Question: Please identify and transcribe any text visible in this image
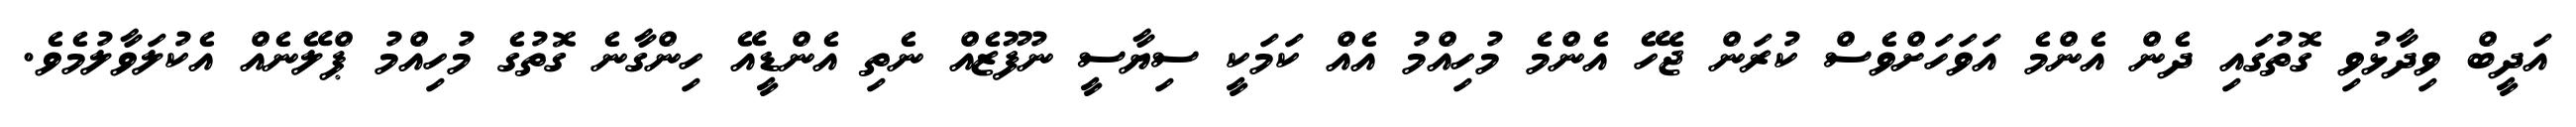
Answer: އަދީބް ވިދާޅުވި ގޮތުގައި ދެން އެންމެ އަވަހަށްވެސް ކުރަން ޖެހޭ އެންމެ މުހިއްމު އެއް ކަމަކީ ސިޔާސީ ނުފޫޒެއް ނެތި އެންޑީއޭ ހިންގާނެ ގޮތުގެ މުހިއްމު ޕްލޭނެއް އެކުލަވާލުމެވެ.